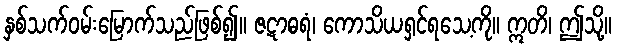
နှစ်သက်ဝမ်းမြောက်သည်ဖြစ်၍။ ဇဋာဓရံ၊ ကောသိယရှင်ရသေ့ကို။ ဣတိ၊ ဤသို့။